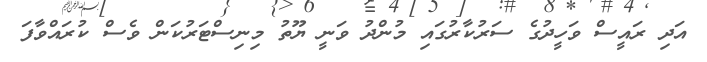
އަދި ރައީސް ވަހީދުގެ ސަރުކާރުގައި މުންދު ވަނީ ޔޫތު މިނިސްޓަރުކަން ވެސް ކުރައްވާފަ